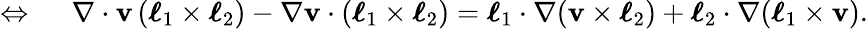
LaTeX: \begin{array}{rl}{\Leftrightarrow\ }&{{}\nabla\cdot\mathbf{v}\, (\boldsymbol{\ell}_{1}\times\boldsymbol{\ell}_{2})-\nabla\mathbf{v}\cdot(\boldsymbol{\ell}_{1}\times\boldsymbol{\ell}_{2})=\boldsymbol{\ell}_{1}\cdot\nabla(\mathbf{v}\times\boldsymbol{\ell}_{2})+\boldsymbol{\ell}_{2}\cdot\nabla(\boldsymbol{\ell}_{1}\times\mathbf{v}).}\end{array}